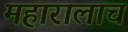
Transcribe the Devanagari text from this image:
महारालाच